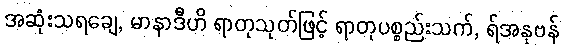
အဆုံးသရချေ, မာနာဒီဟိ ရာတုသုတ်ဖြင့် ရာတုပစ္စည်းသက်, ရ်အနုဗန်